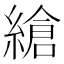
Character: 𦃹